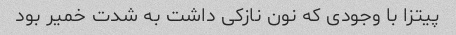
پیتزا با وجودی که نون نازکی داشت به شدت خمیر بود